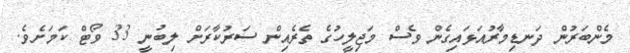
މެންބަރުން ދަނޑިމާރުއަޅައިގެން ވެސް މަޖިލީހުގެ ތެރެއިން ސަރުކާރަށް ލިބުނީ 33 ވޯޓް ކަމަށެވެ.